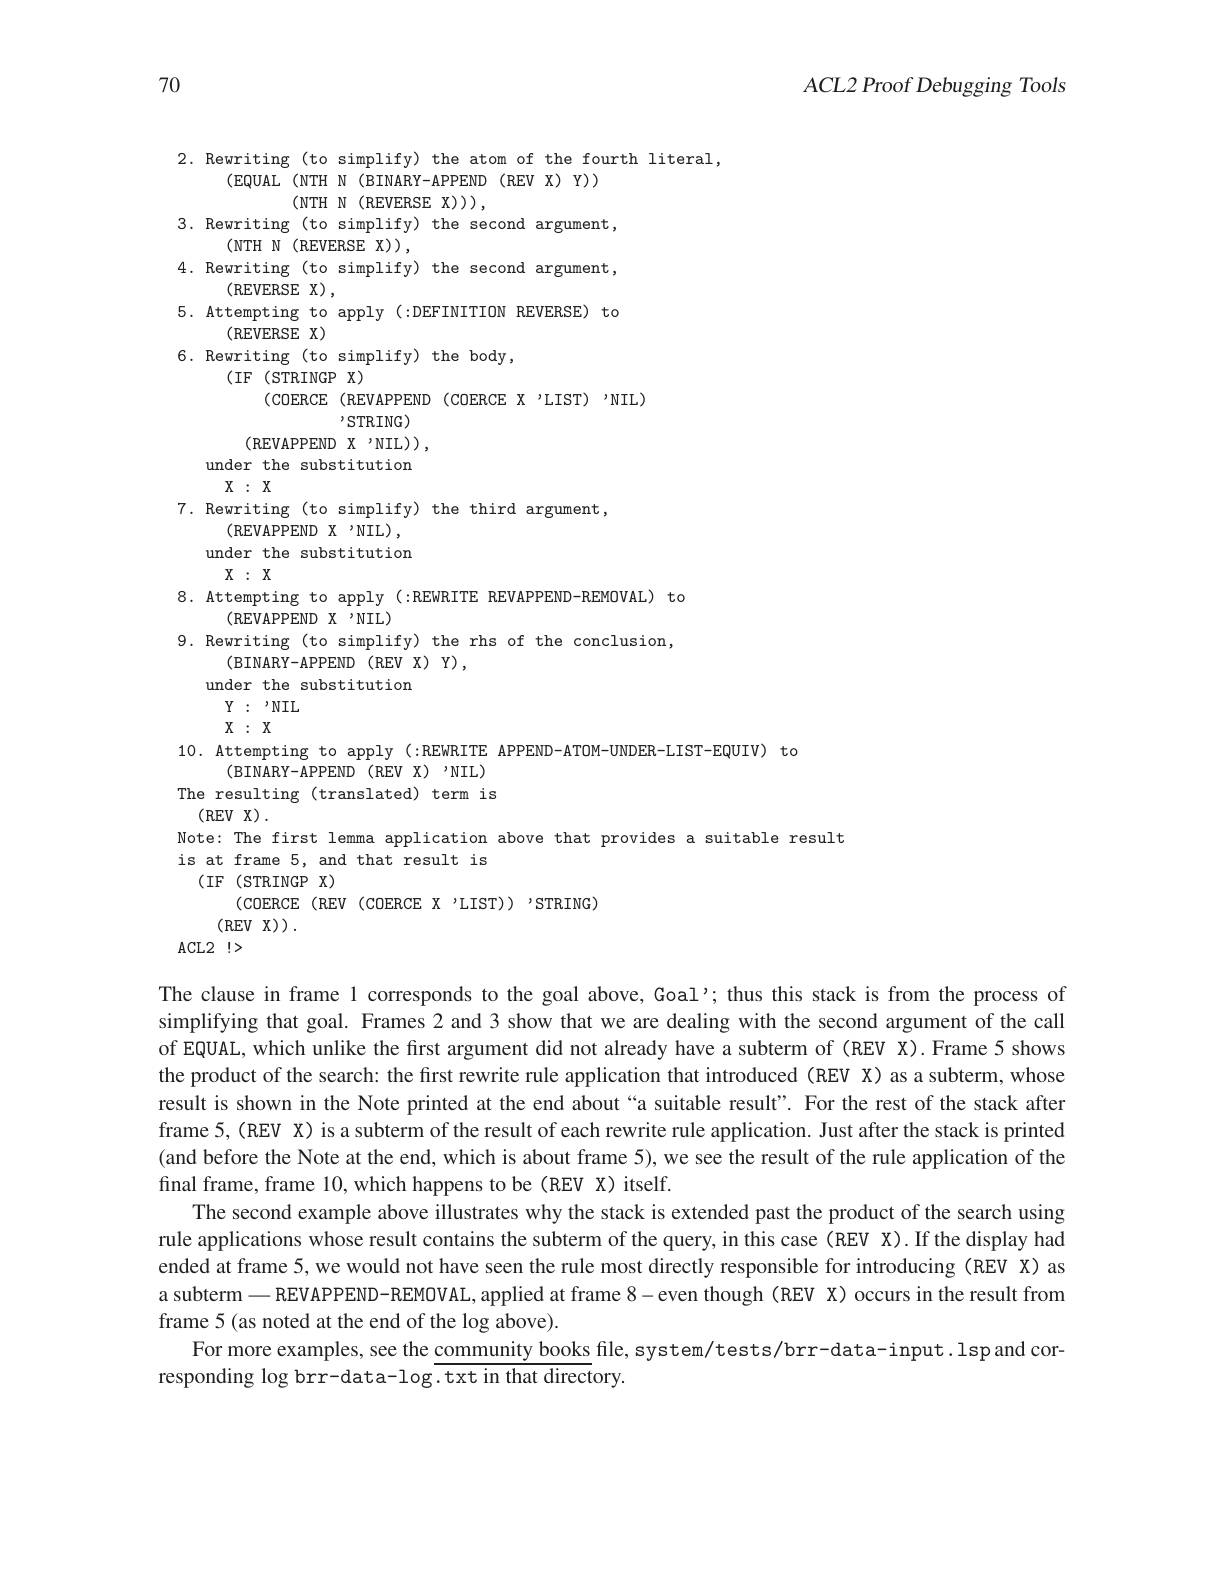
70

$ACL2$ Proof Debugging Tools

2. Rewriting (to simplify) the atom of the fourth literal,
(EQUAL (NTH N (BINARY-APPEND (REV X) Y))
$\left(\mathrm{NTH}\:\mathrm{N}\:\left(\mathrm{REVERSE}\:\mathrm{X}\right)\right)$,
3. Rewriting (to simplify) the second argument,
$\left(\mathrm{NTH~N~(REVERSE~X)}\right)$,
4. Rewriting (to simplify) the second argument,
(REVERSE X)
5. Attempting to apply(:DEFINITION REVERSE) to
(REVERSE X)
6. Rewriting (to simplify) the body,
(IF(STRINGP$\mathbf{X})$
(COERCE (REVAPPEND (COERCE X 'LIST) 'NIL)
,STRING)
$\left(\mathrm{REVAPPEND}\:\mathrm{X}\:\mathrm{'NIL}\right)$, under the substitution $X:X$
7. Rewriting (to simplify) the third argument,
(REVAPPEND X 'NIL), under the substitution $X:X$
8. Attempting to apply(:REwRITE REVAPPEND-REMOVAL) to
(REVAPPEND X 'NIL)
9. Rewriting (to simplify) the rhs of the conclusion,
$\left(\mathrm{BINARY-APPEND}\:\mathrm{(REVX)Y}\right)$,
under the substitution
$Y:$ $, NIL$
$X:X$
10. Attempting to apply(:REwRITE APPEND-ATOM-UNDER-LIST-EQUIV) to
(BINARY-APPEND(REV X)'NIL) The resulting (translated) term is
$\left(\mathrm{REV}\:\mathrm{X}\right).$
Note: The first lemma application above that provides a suitable result
is at frame 5, and that result is
(IF(STRINGP)
(COERCE (REV (COERCE X 'LIST)) 'STRING)
(REV X) .
ACL2 !>

The clause in frame 1 corresponds to the goal above, Goal'thus this stack is from the process of simplifying that goal. Frames 2 and 3 show that we are dealing with the second argument of the call of EQUAL, which unlike the first argument did not already have a subterm of (REV X).Frame 5 shows the product of the search: the first rewrite rule application that introduced (REV X) as a subterm, whose result is shown in the Note printed at the end about “a suitable result”. For the rest of the stack after frame 5,(REV X) is a subterm of the result of each rewrite rule application. Just after the stack is printed (and before the Note at the end, which is about frame 5), we see the result of the rule application of the final frame, frame 10, which happens to be (REV X) itself.
The second example above illustrates why the stack is extended past the product of the search using rule applications whose result contains the subterm of the query, in this case (REV X). If the display had ended at frame 5, we would not have seen the rule most directly responsible for introducing (REV X) as a subterm — REVAPPEND-REMOVAL, applied at frame 8- even though (REV X) occurs in the result from frame 5 (as noted at the end of the log above).
For more examples, see the community books file, system/tests/brr-data-input. lspand cor-
responding log brr-data-log.txt in that directory.